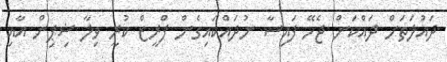
ދައުލަތަށް ދައްކަން ޖެހޭ ފައިސާ ނުދައްކައިގެން ފްރީޒް ކުރީ ވިލާ ޝިޕިން އާއި